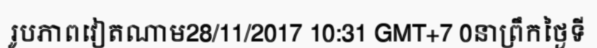
រូបភាពវៀតណាម28/11/2017 10:31 GMT+7 0នាព្រឹកថ្ងៃទី